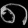
Digit: ၈